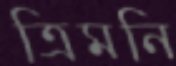
ত্রিমনি